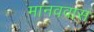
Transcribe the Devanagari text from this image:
मानववास